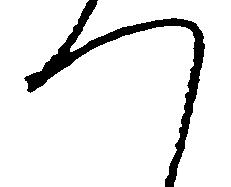
つ